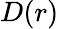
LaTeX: D(r)